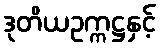
ဒုတိယဥက္ကဋ္ဌနှင့်